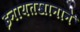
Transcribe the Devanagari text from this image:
इनायतखानाने